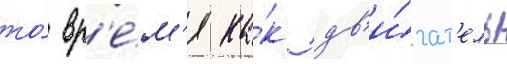
то́ вр'е́м'я ка́к дв'и́гат'ель